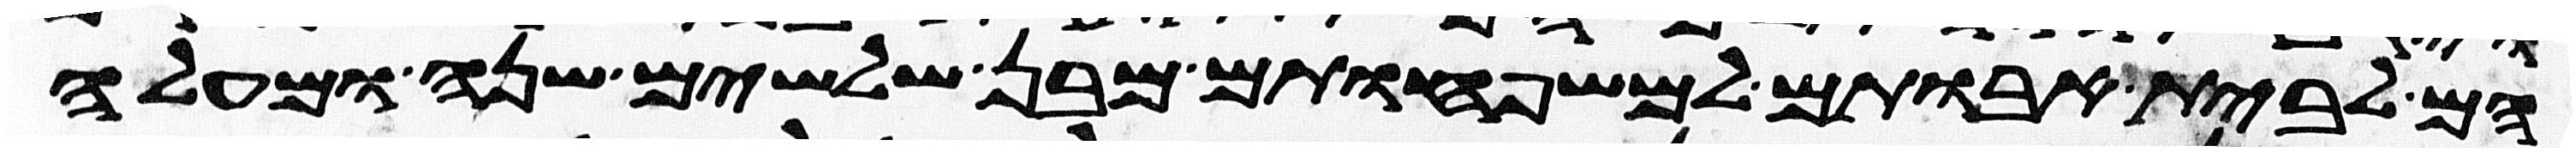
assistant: הם לבית אבותם למשפחותם מבן שלשים שנה ומעלה